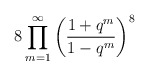
\begin{align*}8 \prod_{m=1}^{\infty}\left( \frac{1+q^m}{1-q^m} \right)^8\end{align*}